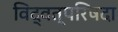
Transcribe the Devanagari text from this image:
विद्वत्परिषदा